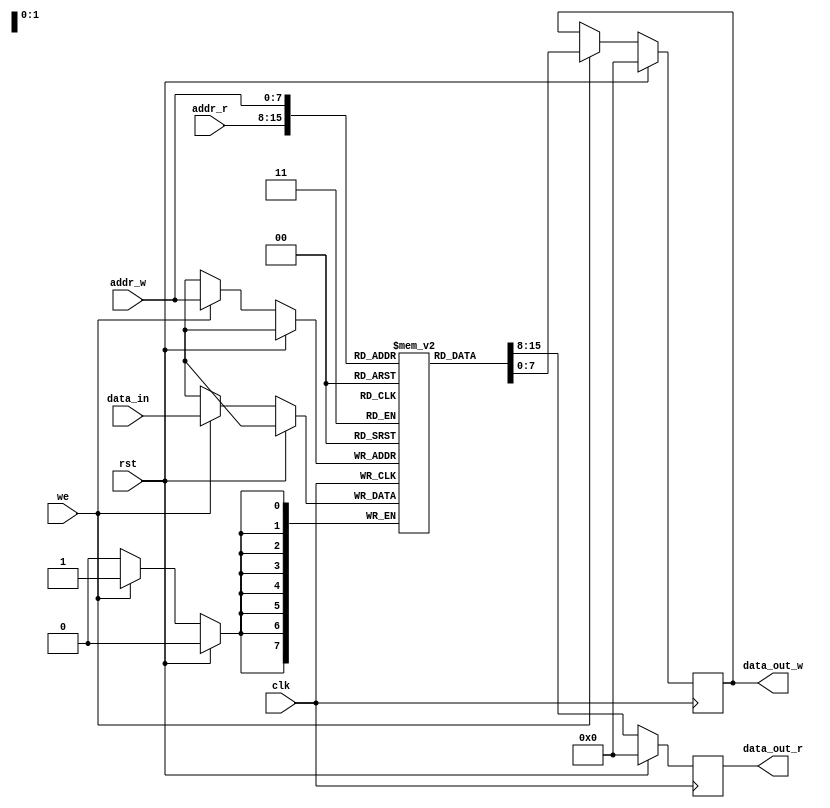
module dual_port_ram (
  input wire clk,
  input wire rst,
  input wire [7:0] addr_r,
  input wire [7:0] addr_w,
  input wire [7:0] data_in,
  output reg [7:0] data_out_r,
  input wire we,
  output reg [7:0] data_out_w
);

reg [7:0] mem [0:255];

always @(posedge clk) begin
  if (rst) begin
    data_out_r <= 8'b0;
    data_out_w <= 8'b0;
  end else begin
    data_out_r <= mem[addr_r];
    if (we) begin
      mem[addr_w] <= data_in;
      data_out_w <= mem[addr_w];
    end
  end
end

endmodule